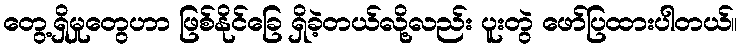
တွေ့ရှိမှုတွေဟာ ဖြစ်နိုင်ခြေ ရှိခဲ့တယ်လို့လည်း ပူးတွဲ ဖော်ပြထားပါတယ်။